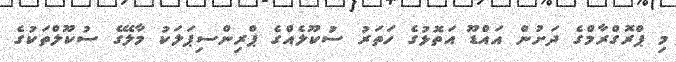
މި ޕްރޮގްރާމްގެ ދަށުން އައްޑޫ އަތޮޅުގެ ހަތަރު ސުކޫލެއްގެ ޕްރިންސިޕަލަކު މާލޭގެ ސުކޫލްތަކުގެ